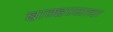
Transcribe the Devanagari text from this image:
ब्राम्हण्याचा